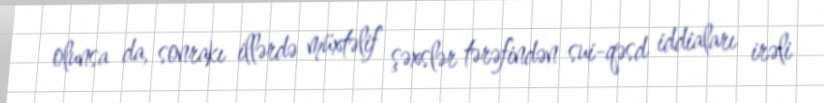
olunsa da, sonrakı illərdə müxtəlif şəxslər tərəfindən sui-qəsd iddiaları irəli